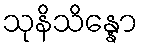
သုနိသိန္နော